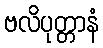
ဗလိပုတ္တာနံ